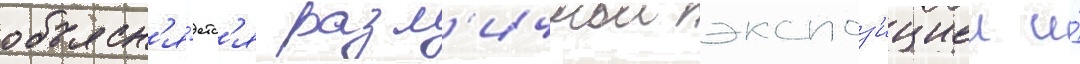
объясн'я́етс'я разл'ичнои экспоз'ициеи и́